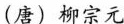
(唐)柳宗元